Sanitation, dispensaries and jails vaccination Rajputana 1922-1927 - 1922-1927
Year: 1922
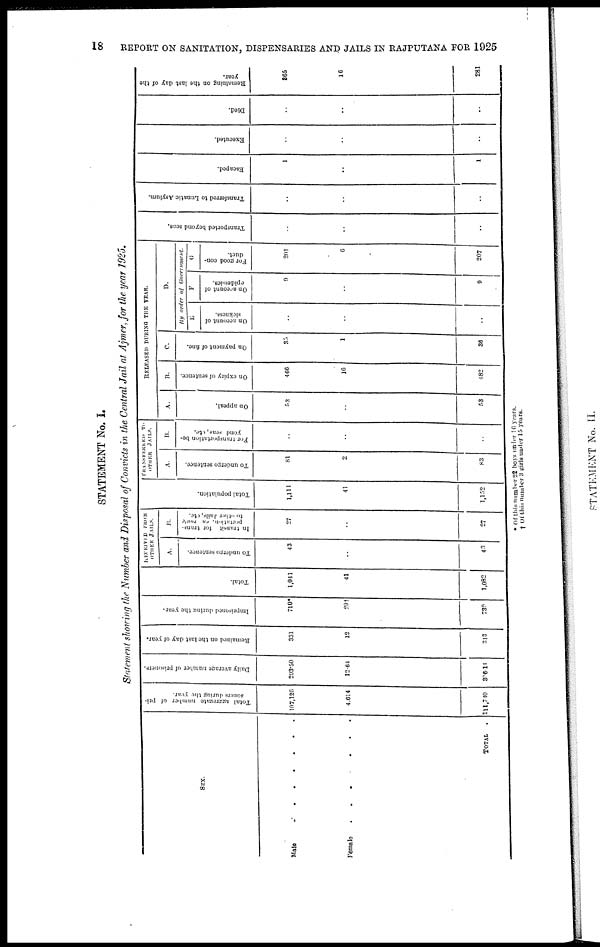
18
REPORT ON SANITATION, DISPENSARIES AND JAILS IN RAJPUTANA FOR 1925
STATEMENT No. I.
Statement showing the Number and Disposal of Convicts in the Central Jail at Ajmer, for the year 1925.
SEX.
Male .......
Female
......
TOTAL
.
Total aggregate number of pri-
soners during the year.
107,126
4,614
111,740
Daily average number of prisoners.
293.50
12.64
306.14
Remained on the last day of year.
331
12
313
Imprisoned during the year.
710*
29†
739
Total.
1,041
41
1,082
RECEIVED FROM
OTHER JAILS.
A.
To undergo sentence.
43
..
43
B.
In transit for trans-
portation, en route
to other Jails, etc.
27
..
27
Total population.
1,111
41
1,152
TRANSFERRED TO
OTHER JAILS.
A.
To undergo sentence.
81
2
83
B.
For transportation be-
yond seas, etc.
..
..
..
RELEASED DURING THE YEAR.
A.
On appeal.
53
..
53
B.
On expiry of sentence.
466
16
482
C.
On payment of fine.
35
1
36
D.
By order of
Government.
E
On account of
sickness.
..
..
..
F
On account of
epidemics.
9
..
9
G
For good con-
duct.
201
6
207
Transported beyond seas.
..
..
..
Transferred to Lunatic Asylum.
..
..
..
Escaped.
1
..
1
Executed.
..
..
..
Died.
..
..
..
Remaining on the last day of the
year.
365
16
281
* Of this number 22 boys under 16 years.
† Of this number 3 girls under 15 years.